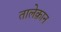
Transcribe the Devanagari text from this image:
तालेक़ान